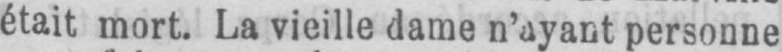
personne